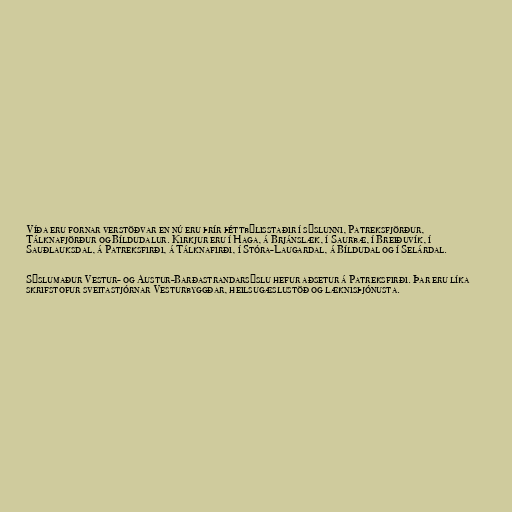
Víða eru fornar verstöðvar en nú eru þrír þéttbýlisstaðir í sýslunni, Patreksfjörður,
Tálknafjörður og Bíldudalur. Kirkjur eru í Haga, á Brjánslæk, í Saurbæ, í Breiðuvík, í
Sauðlauksdal, á Patreksfirði, á Tálknafirði, í Stóra-Laugardal, á Bíldudal og í Selárdal.

Sýslumaður Vestur- og Austur-Barðastrandarsýslu hefur aðsetur á Patreksfirði. Þar eru líka
skrifstofur sveitastjórnar Vesturbyggðar, heilsugæslustöð og læknisþjónusta.